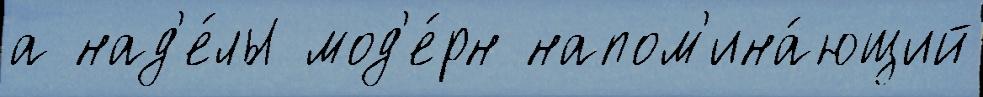
а над'е́лы мод'е́рн напом'ина́ющий